Annual report on the Civil Veterinary Department, Burma (including the Insein Veterinary School) - 1910-1922
Year: 1910
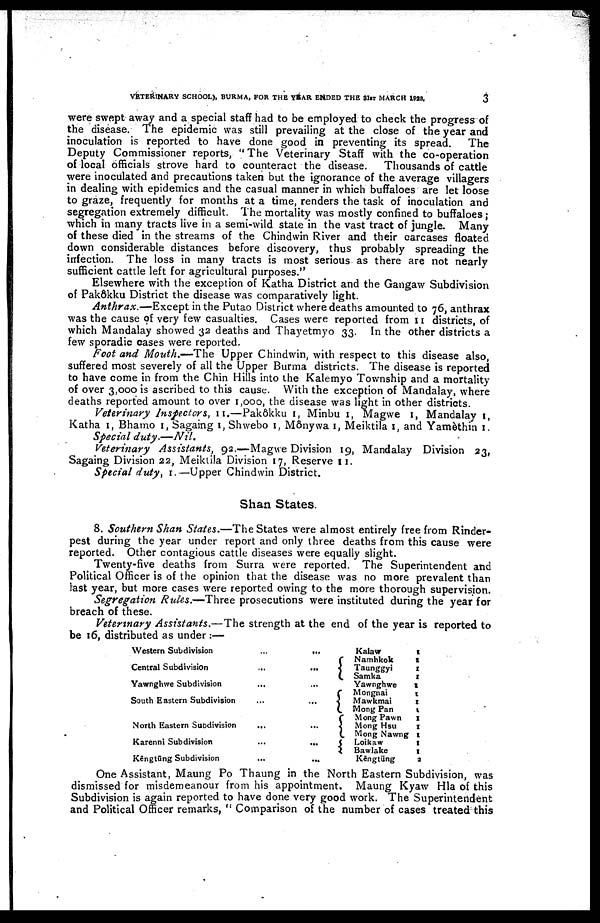
VETERINARY SCHOOL), BURMA, FOR THE YEAR ENDED THE 31ST MARCH 1922,
3
were swept away and a special staff had to be employed to check the progress of
the disease. The epidemic was still prevailing at the close of the year and
inoculation is reported to have done good in preventing its spread.
The
Deputy Commissioner reports, " The Veterinary Staff with the co-operation
of local officials strove hard to counteract the disease. Thousands of cattle
were inoculated and precautions taken but the ignorance of the average villagers
in dealing with epidemics and the casual manner in which buffaloes are let loose
to graze, frequently for months at a time, renders the task of inoculation and
segregation extremely difficult. The mortality was mostly confined to buffaloes ;
which in many tracts live in a semi-wild state in the vast tract of jungle. Many
of these died in the streams of the Chindwin River and their carcases floated
down considerable distances before discovery, thus probably spreading the
infection. The loss in many tracts is most serious as there are not nearly
sufficient cattle left for agricultural purposes."
Elsewhere with the exception of Katha District and the Gangaw Subdivision
of Pakôkku District the disease was comparatively light.
Anthrax.—Except in the Putao District where deaths amounted to 76, anthrax
was the cause of very few casualties. Cases were reported from 11 districts, of
which Mandalay showed 32 deaths and Thayetmyo 33. In the other districts a
few sporadic cases were reported.
Foot and Mouth.—The Upper Chindwin, with respect to this disease also,
suffered most severely of all the Upper Burma districts. The disease is reported
to have come in from the Chin Hills into the Kalemyo Township and a mortality
of over 3,000 is ascribed to this cause. With the exception of Mandalay, where
deaths reported amount to over 1,000, the disease was light in other districts.
Veterinary Inspectors, 11.—Pakôkku 1, Minbu 1, Magwe 1, Mandalay 1,
Katha 1, Bhamo 1, Sagaing 1, Shwebo 1, Mônywa 1, Meiktila 1, and Yamèthin 1.
Special duty.—Nil.
Veterinary Assistants, 92.—Magwe Division 19, Mandalay Division 23,
Sagaing Division 22, Meiktila Division 17, Reserve 11.
Special duty, 1.—Upper Chindwin District.
Shan States.
8. Southern Shan States.—The States were almost entirely free from Rinder-
pest during the year under report and only three deaths from this cause were
reported. Other contagious cattle diseases were equally slight.
Twenty-five deaths from Surra were reported. The Superintendent and
Political Officer is of the opinion that the disease was no more prevalent than
last year, but more cases were reported owing to the more thorough supervision.
Segregation Rules.—Three prosecutions were instituted during the year for
breach of these.
Veterinary Assistants.—The strength at the end of the year is reported to
be 16, distributed as under :—
Western Subdivision
...
...
Central Subdivisio
...
Yawnghwe Subdivision
...
...
South Eastern Subdivision
...
...
North Eastern Subdivision ... ...
Karenni Subdivision
...
...
Kēngtūng Subdivision
...
...
Kalaw
1
Namhkok
1
Taunggyi
1
Samka
1
Yawnghwe
1
Mongnai
1
Mawkmai
1
Mong Pan
1
Mong Pawn
1
Mong Hsu
1
Mong Nawng 1
Loikaw
1
Bawlake
1
Kēngtūng
2
One Assistant, Maung Po Thaung in the North Eastern Subdivision, was
dismissed for misdemeanour from his appointment. Maung Kyaw Hla of this
Subdivision is again reported to have done very good work. The Superintendent
and Political Officer remarks, " Comparison of the number of cases treated this